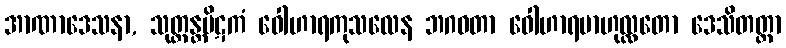
အာဏာဒေသနာ, သုတ္တန္တပိဋကံ ဝေါဟာရကုသလေန ဘဂဝတာ ဝေါဟာရဗာဟုလ္လတော ဒေသိတတ္တာ